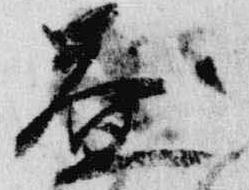
益